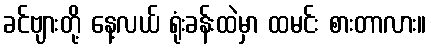
ခင်ဗျားတို့ နေ့လယ် ရုံးခန်းထဲမှာ ထမင်း စားတာလား။